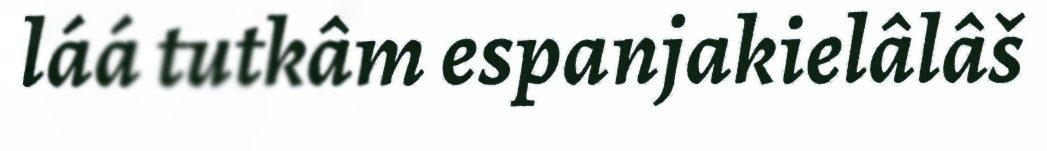
láá tutkâm espanjakielâlâš